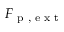
\boldsymbol { F } _ { \textup { p , e x t } }